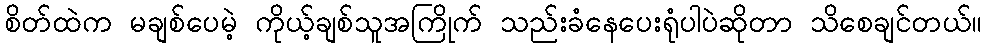
စိတ်ထဲက မချစ်ပေမဲ့ ကိုယ့်ချစ်သူအကြိုက် သည်းခံနေပေးရုံပါပဲဆိုတာ သိစေချင်တယ်။